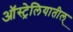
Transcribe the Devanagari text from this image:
ऑस्ट्रेलियातील्